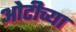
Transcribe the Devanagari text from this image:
ओटीच्या